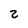
Character: 2